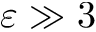
\varepsilon \gg 3